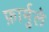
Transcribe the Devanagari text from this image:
फ़ार्मुले